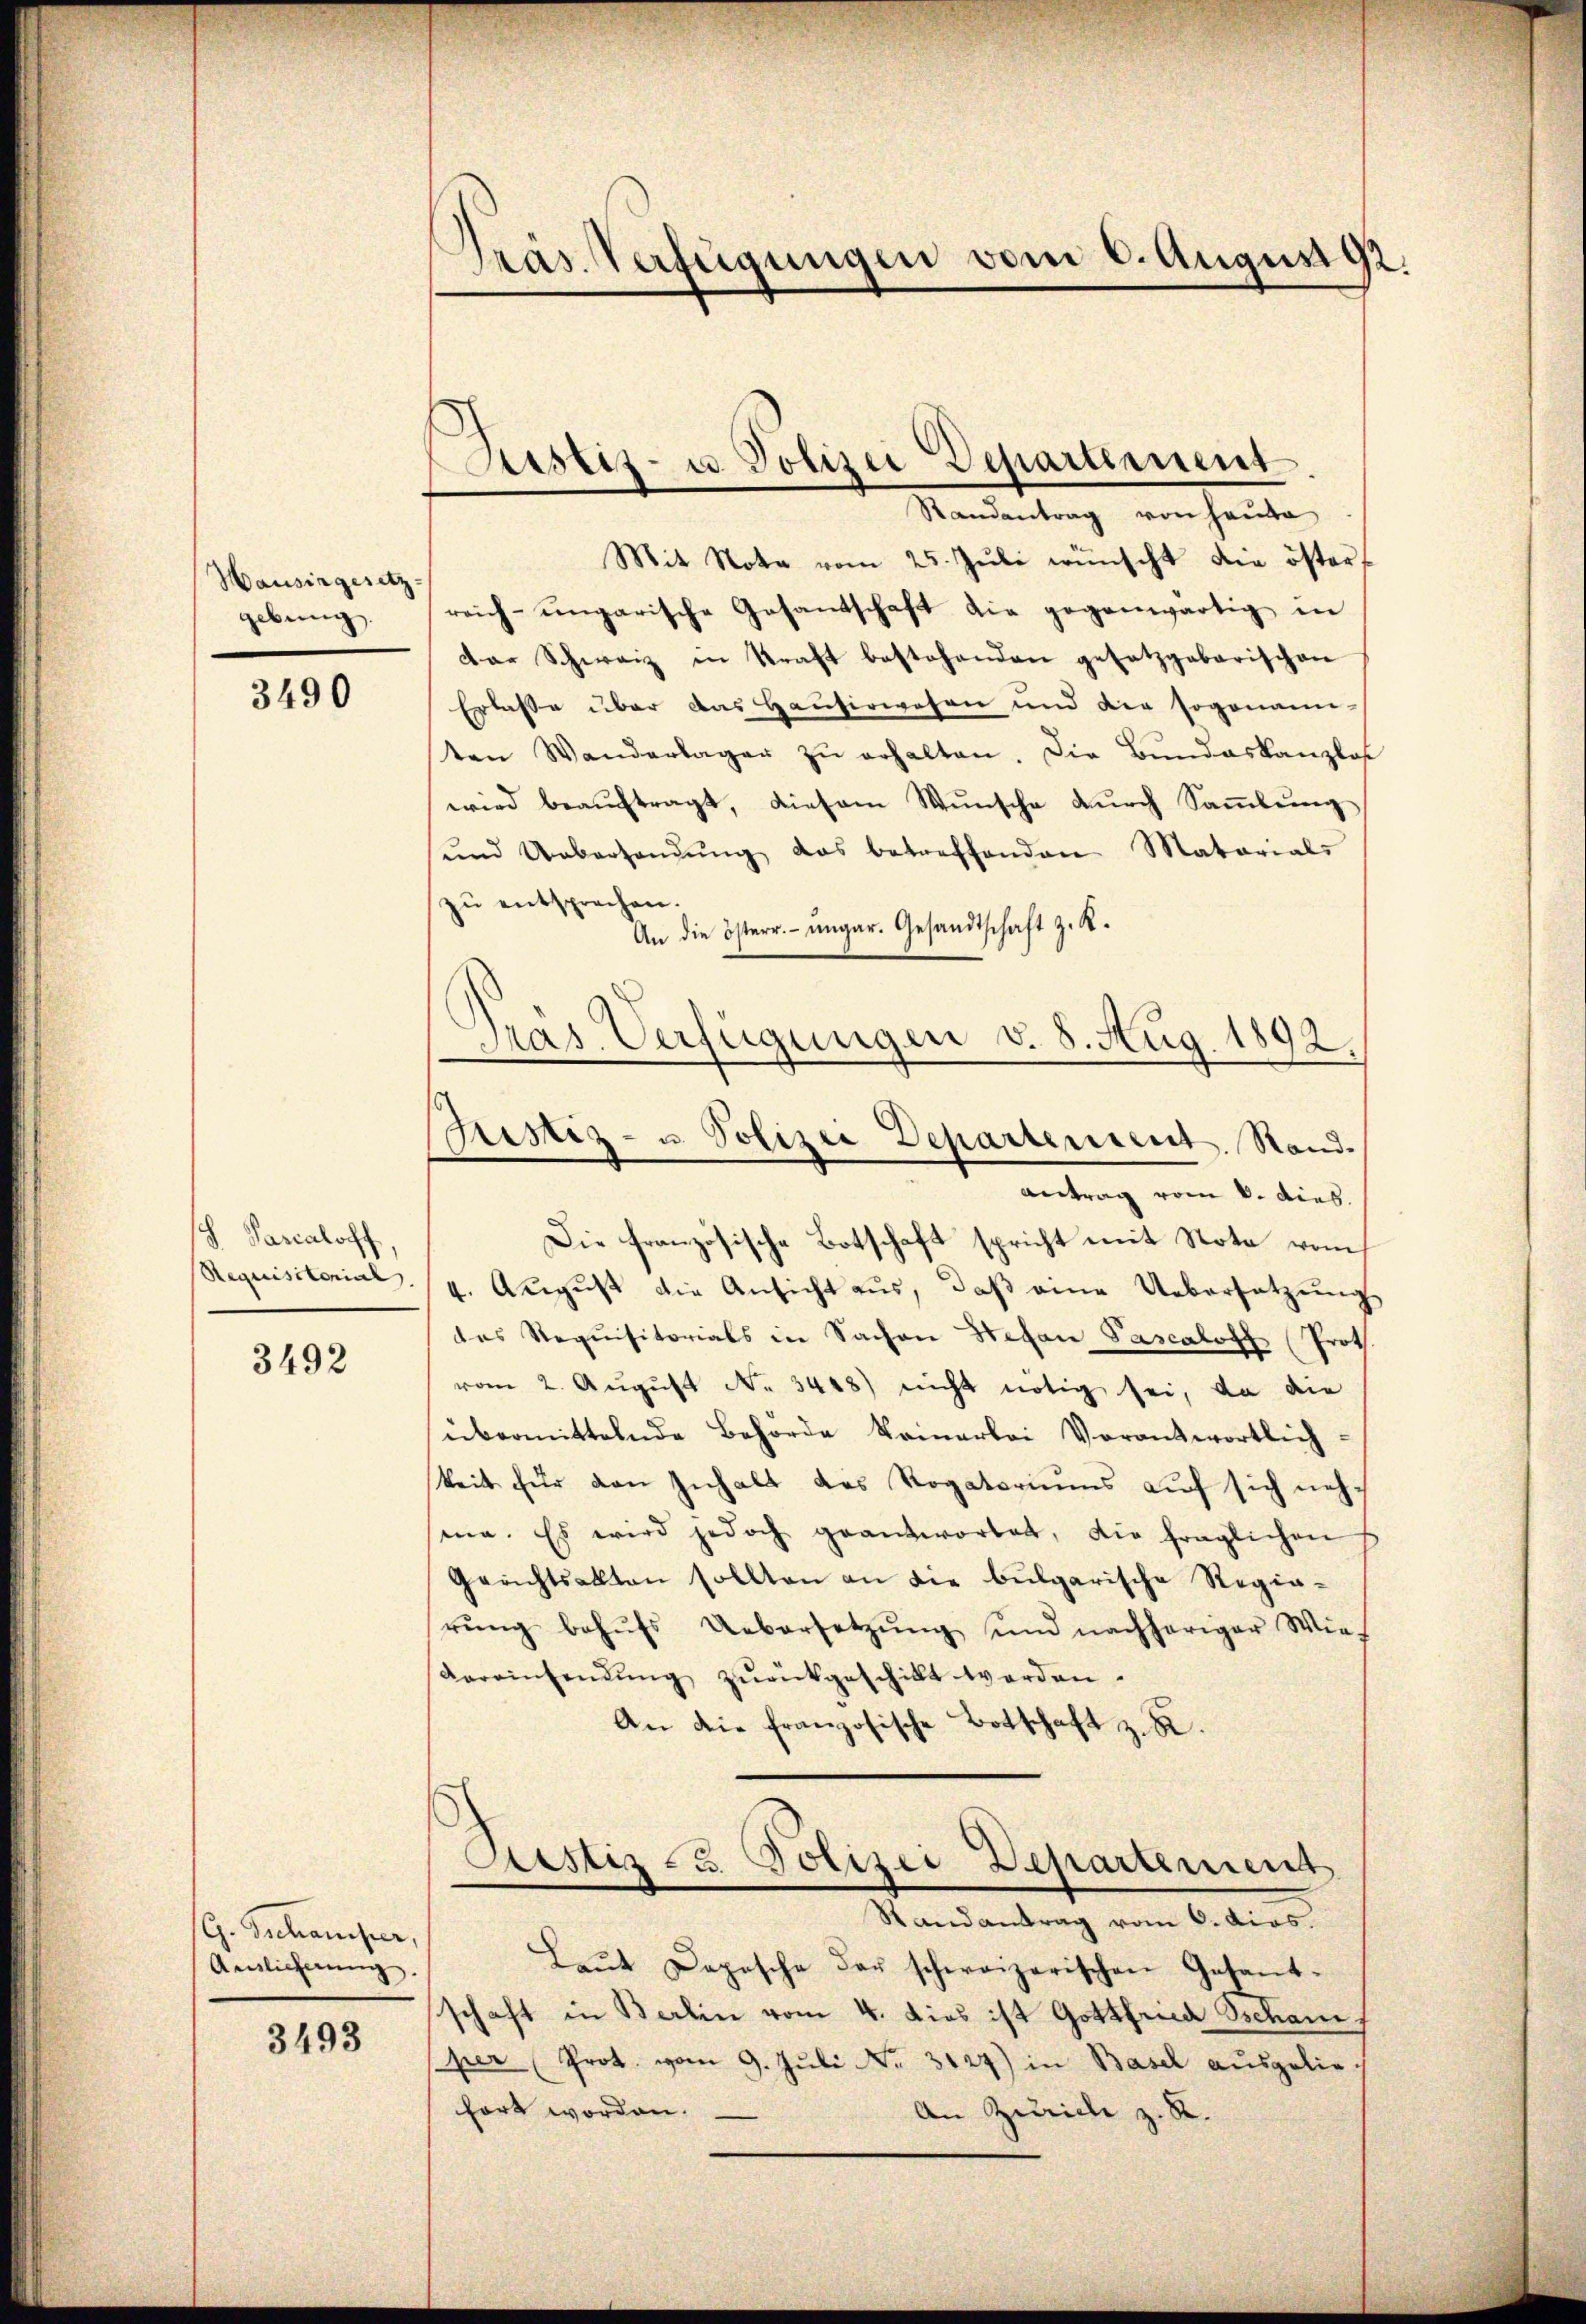
Hausirgesetz-
gebung.

3490

8. Parealor
Requisitorial. |

3492

G. Schanister,
Auslicherung

3493

Pras Verfügungen vom 6. August 92.

Austiz- u. Polizei Departement
Randantrag von Hauta

ras. Verfügungen v. 8. Aug. 1
2.
Justiz- u. Polizei Departement. Stand.
Antrag vom 8. Dieb.

Mit Note vom 25. Jŭli wünscht die öster,
reich-ungarische Gesandschaft die gegenwärtig in
dar Schweiz in Kraft bestehenden gesetzgebarischen
Erlasse über das Hausirwesen und der sogenani-
ten Wanderlager zŭ erhalten. Die Bŭndeskanzlos
wird beauftragt, diesem Wunsche durch Sammlung
ŭnd Uebersandŭng das betreffenden Matarial-
zŭ entsprechen.
An die österr. ungar. Gesandtschaft z. R.
Die französische Botschaft spricht mit Note vom
4. August die Ansicht aus, daß eine Uebersatzung
das Requisitorials in Sachen Stefan Pascaloff (Proth
vom 2. Aŭgŭst No. 3448) nicht nötig sei, da die
übermittelnde Behörde keinerbei Vorantwortlich-
keit für den Inhalt das Rogatoriums auf sich nehsine. Es wird jedoch geantwortet, die fraglichen
Gerichtsakten sollten an die bulgarische Regierŭng behŭfs Uebersetzŭng und nachheriger Wie-
Vereinsendŭng zŭrückgeschillt werden.
An die französische Botschaft z. B.
Justiz- u. Polizei Departement
Randantrag vom 6. dias.
Laŭt Depesche der schweizerischen Gesandt-
schaft in Berlin vom 4. dies ist Gottfried Ischani
per (Prot. vom 9. Jŭli Nr. 3127) in Basel ausgeliehört worden.
An Zürich z. R.